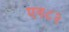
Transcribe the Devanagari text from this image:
एन८२